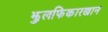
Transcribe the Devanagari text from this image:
झुलफिकारखान